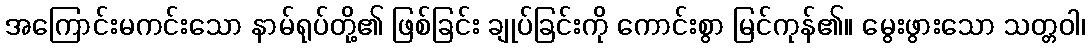
အကြောင်းမကင်းသော နာမ်ရုပ်တို့၏ ဖြစ်ခြင်း ချုပ်ခြင်းကို ကောင်းစွာ မြင်ကုန်၏။ မွေးဖွားသော သတ္တဝါ၊